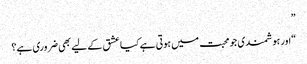
”
“اور ہوشمندی جو محبت میں ہوتی ہے کیا عشق کے لیے بھی ضروری ہے؟